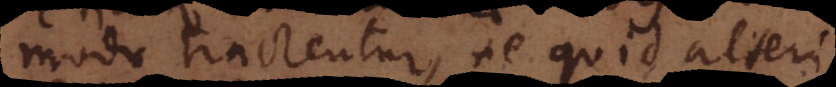
modo tractentur, ne quid alteri